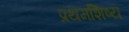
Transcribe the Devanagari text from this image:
प्रथमशिष्य